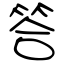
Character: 答